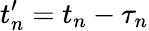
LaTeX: t_{n}^{\prime}=t_{n}-\tau_{n}